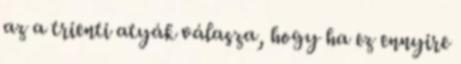
az a trienti atyák válasza, hogy ha ez ennyire